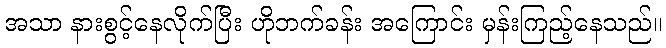
အသာ နားစွင့်နေလိုက်ပြီး ဟိုဘက်ခန်း အကြောင်း မှန်းကြည့်နေသည်။